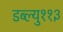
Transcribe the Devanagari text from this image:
डब्ल्यु११३